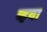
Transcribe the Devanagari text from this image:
व्हया